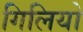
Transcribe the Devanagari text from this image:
गिलियो